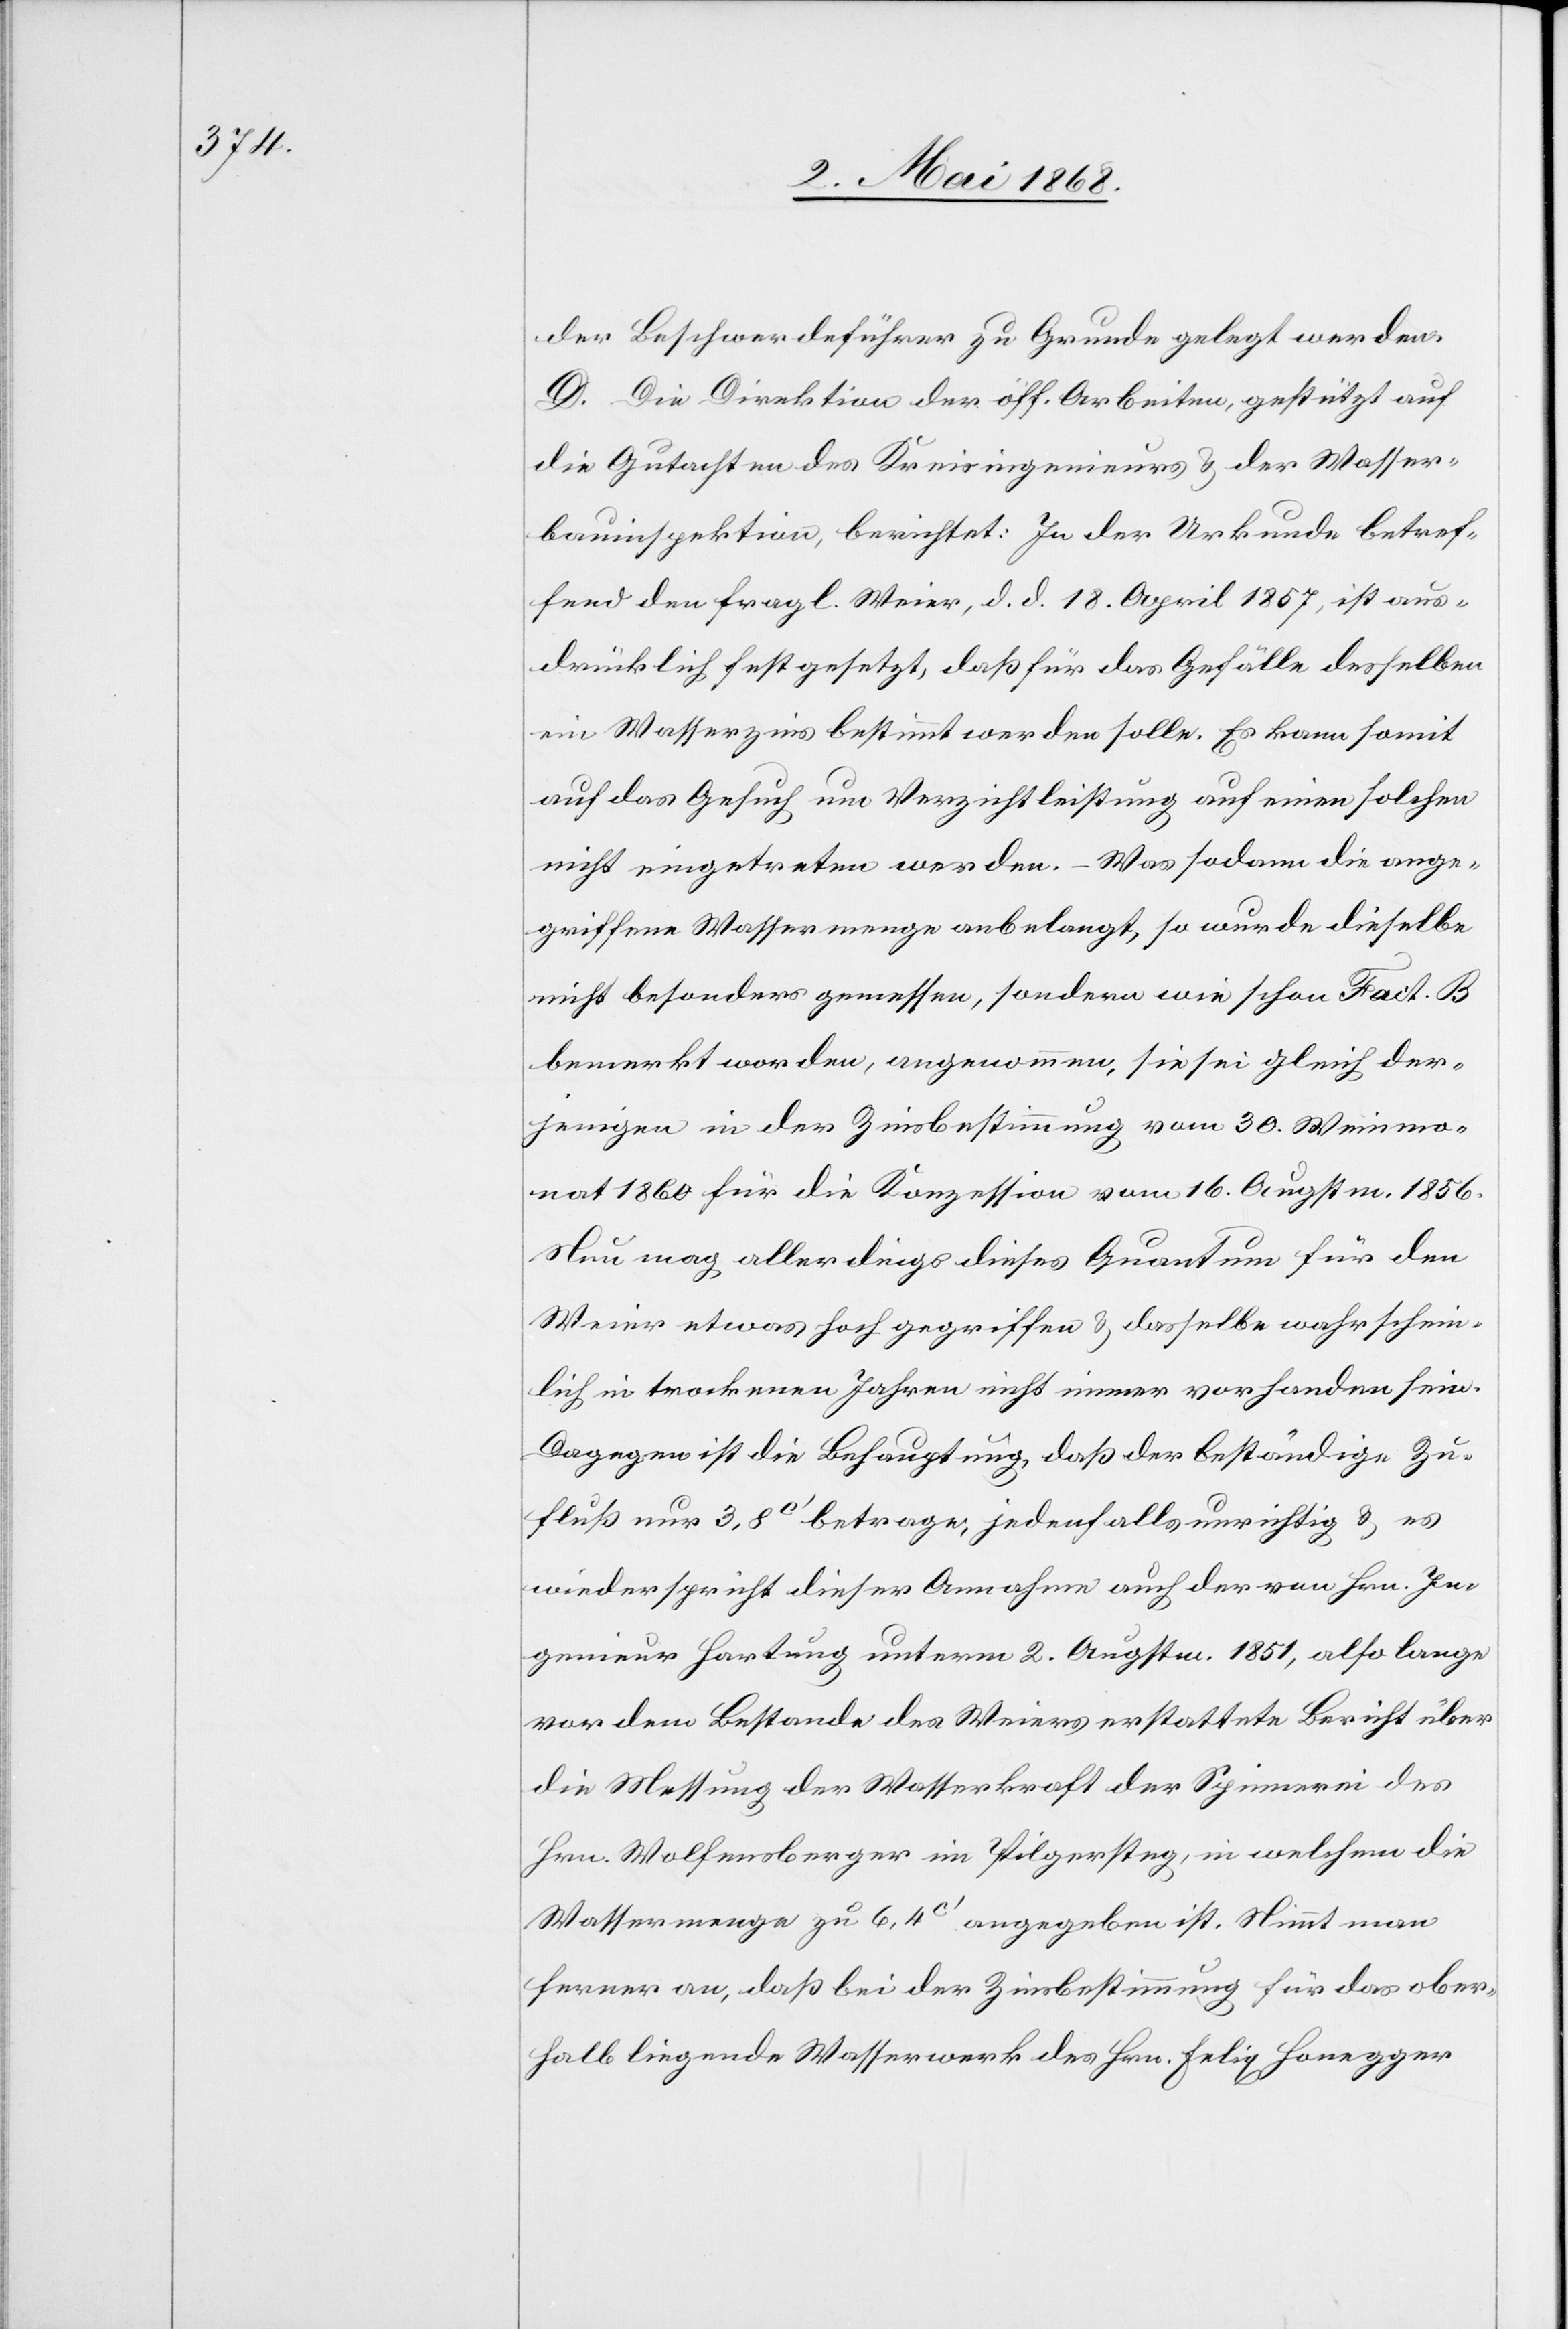
der Beschwerdeführer zu Grunde gelegt werden.
D. Die Direktion der öff. Arbeiten, gestützt auf
die Gutachten des Kreisingenieurs & der Wasser¬
bauinspektion, berichtet: In der Urkunde betref¬
fend den fragl. Weier, d. d. 18. April 1857, ist aus¬
drücklich festgesetzt, daß für das Gefälle desselben
ein Wasserzins bestimmt werden solle. Es kann somit
auf das Gesuch um Verzichtleistung auf einen solchen
nicht eingetreten werden. – Was sodann die ange¬
griffene Wassermenge anbelangt, so wurde dieselbe
nicht besonders gemessen, sondern wie schon Fact. B
bemerkt worden, angenommen, sie sei gleich der¬
jenigen in der Zinsbestimmung vom 30. Weinmo¬
nat 1860 für die Konzession vom 16. Augstm. 1856.
Nun mag allerdings dieses Quantum für den
Weier etwas hoch gegriffen & dasselbe wahrschein¬
lich in trockenen Jahren nicht immer vorhanden sein.
Dagegen ist die Behauptung, daß der beständige Zu¬
fluß nur 3,8C‘ betrage, jedenfalls unrichtig & es
wiederspricht dieser Annahme auch der von Hrn. In¬
genieur Hartung unterm 2. Augstm. 1851, also lange
vor dem Bestande des Weiers erstattete Bericht über
die Messung der Wasserkraft der Spinnerei des
Hrn. Wolfensberger im Pilgersteg, in welchem die
Wassermenge zu 6,4C‘ angegeben ist. Nimmt man
ferner an, daß bei der Zinsbestimmung für das ober¬
halb liegende Wasserwerk des Hrn. Felix Honegger